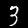
Digit: 3